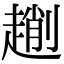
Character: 𠠄